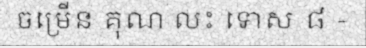
ចម្រើន គុណ លះ ទោស ៨ -